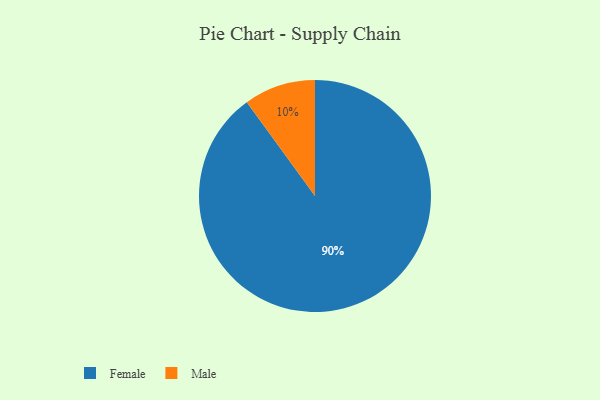
{"axis": {"x": "Category", "y": "Percentage"}, "legend": ["Female", "Male"], "data": [{"x": "Male", "y": 10, "type": "Male"}, {"x": "Female", "y": 90, "type": "Female"}]}